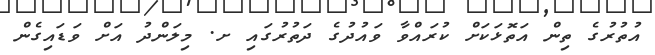
އުތުރުގެ ތިން އަތޮޅަކަށް ކުރައްވާ ވައުދުގެ ދަތުރުގައި ށ. މިލަންދު އަށް ވަޑައިގެން